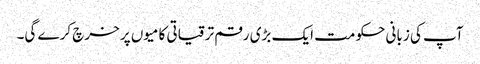
آپ کی زبانی حکومت ایک بڑی رقم ترقیاتی کامیوں پر خرچ کرے گی۔